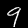
Digit: 9